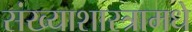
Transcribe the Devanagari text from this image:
संख्याशास्त्रामधे